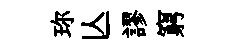
珎亾謬窮